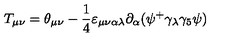
T _ { \mu \nu } = \theta _ { \mu \nu } - \frac 1 4 \varepsilon _ { \mu \nu \alpha \lambda } \partial _ { \alpha } ( \psi ^ { + } \gamma _ { \lambda } \gamma _ { 5 } \psi )